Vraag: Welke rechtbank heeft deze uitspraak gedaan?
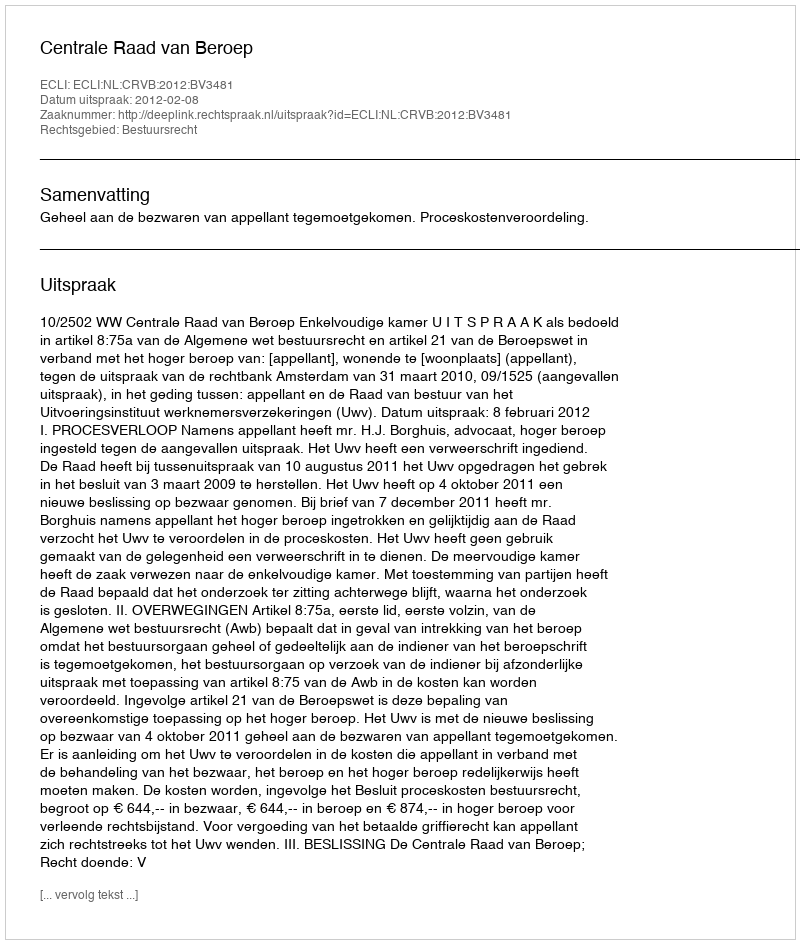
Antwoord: Centrale Raad van Beroep